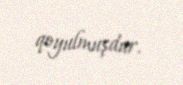
qoyulmuşdur.